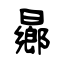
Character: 曏